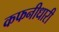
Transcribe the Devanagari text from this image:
कफनीधारी